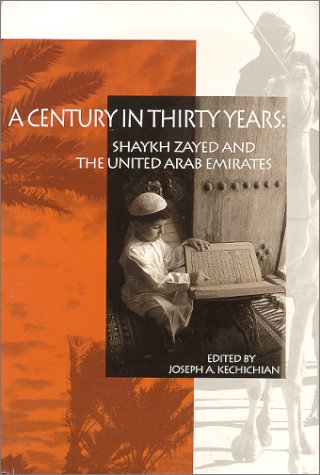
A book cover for A Century in Thirty Years : Shaykh Zayed and the United Arab Emirates; Joseph A. Kechichian; History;